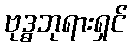
ဗုဒ္ဓဘုရားရှင်